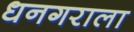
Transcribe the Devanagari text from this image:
धनगराला